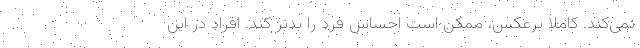
نمی‌کند. کاملاً برعکس، ممکن است احساس فرد را بدتر کند. افراد در این